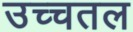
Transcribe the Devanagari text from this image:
उच्चतल